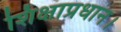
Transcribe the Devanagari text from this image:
शिक्षाप्रधान।